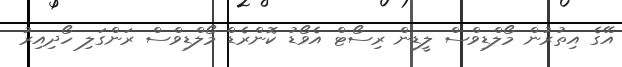
އޭގެ އިތުރުން މޯލްޑިވްސް ލީޑިން ރިސޯޓް އެވޯޑު ކޮންރެޑް މޯލްޑިވްސް ރަންގަލި ހޯދިއިރު